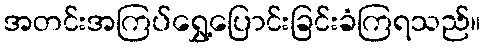
အတင်းအကြပ်ရွှေ့ပြောင်းခြင်းခံကြရသည်။